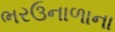
ભરઉનાળાના